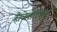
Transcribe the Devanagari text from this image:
होलेसोव्हिक